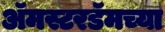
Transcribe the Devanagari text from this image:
अॅमस्टरडॅमच्या